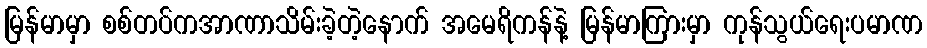
မြန်မာမှာ စစ်တပ်ကအာဏာသိမ်းခဲ့တဲ့နောက် အမေရိကန်နဲ့ မြန်မာကြားမှာ ကုန်သွယ်ရေးပမာဏ